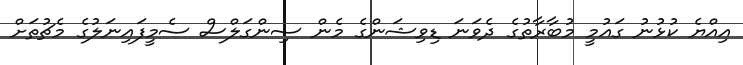
އިއްޔެ ކުޅުނު ގައުމީ މުބާރާތުގެ ދެވަނަ ޑިވިޝަންގެ މެން ސިންގަލްސް ސެމީފައިނަލުގެ މެޗުތަށް